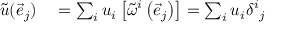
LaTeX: \begin{array} { r l } { { \tilde { u } } ( { \vec { e } } _ { j } ) } & { { } = \sum _ { i } u _ { i } \left[ { \tilde { \omega } } ^ { i } \left( { \vec { e } } _ { j } \right) \right] = \sum _ { i } u _ { i } { \delta ^ { i } } _ { j } } \end{array}